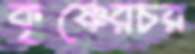
কৃষ্ণেরচর